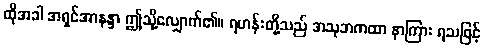
ထိုအခါ အရှင်အာနန္ဒာ ဤသို့လျှောက်၏။ ရဟန်းတို့သည် အသုဘကထာ နာကြား ရသဖြင့်